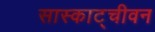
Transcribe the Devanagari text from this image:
सास्काट्चीवन